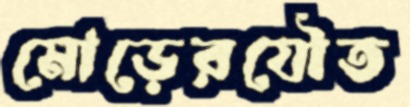
মোড়েরযৌত